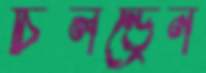
চিলল্ড্রেন